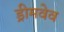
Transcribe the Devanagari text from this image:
ड्रीमवेव